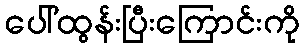
ပေါ်ထွန်းပြီးကြောင်းကို